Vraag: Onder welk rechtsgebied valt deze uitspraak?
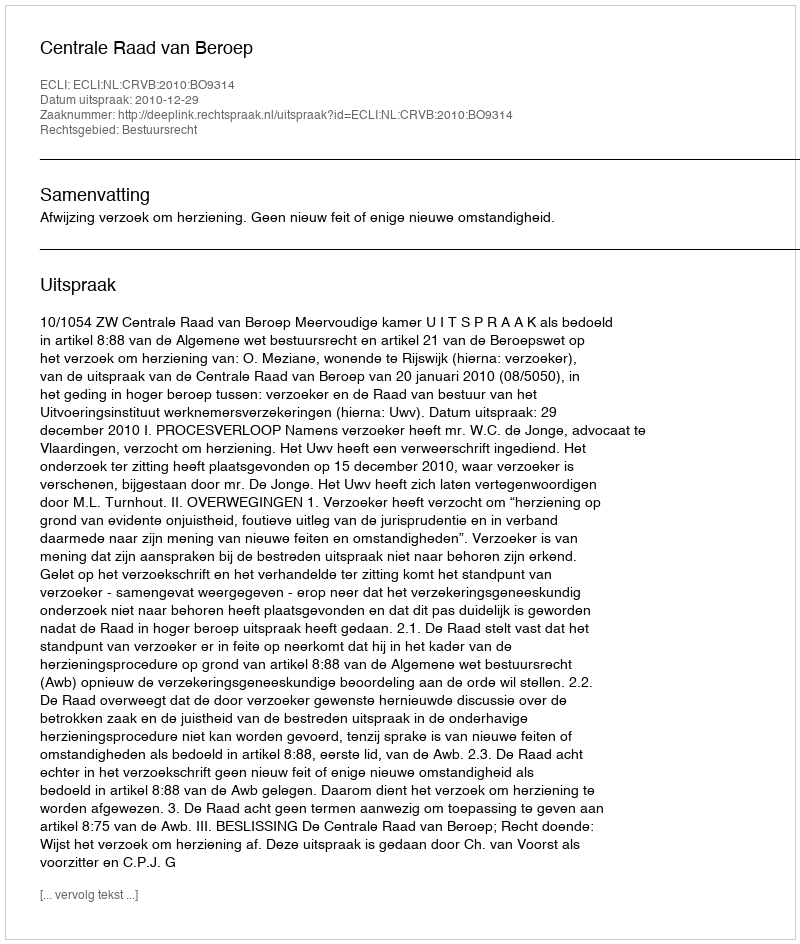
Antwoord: Bestuursrecht